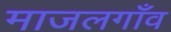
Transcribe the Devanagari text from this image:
माजलगाँव